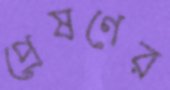
প্রেষণের